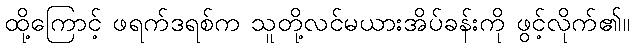
ထို့ကြောင့် ဖရက်ဒရစ်က သူတို့လင်မယားအိပ်ခန်းကို ဖွင့်လိုက်၏။